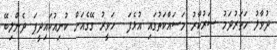
ދުވާލު ހަތަރުދަމު ސަރުކާރު މަސައްކަތުގައި އުޅެފަ  ހަވީރު ގޭގެއަށް ކުނިއުކައިދީފަ ދެންލިބޭ